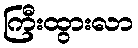
ကြီးထွားလာ